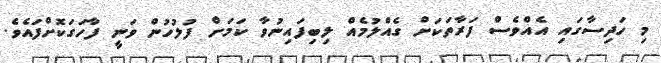
މި ހަދިސާގައި އެއްވެސް ފަރާތަކަށް ގެއްލުމެއް ލިބިފައިނުވާ ކަމަށް ފުލުހުން ވަނީ ފާހަގަކޮށްފައެވެ.